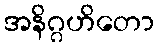
အနိဂ္ဂဟိတော